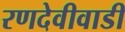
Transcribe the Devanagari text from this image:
रणदेवीवाडी